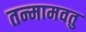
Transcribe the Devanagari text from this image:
तन्मामवतु